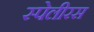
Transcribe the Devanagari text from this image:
स्पेलीरस